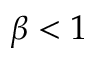
\beta < 1